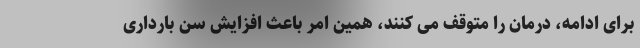
برای ادامه، درمان را متوقف می کنند، همین امر باعث افزایش سن بارداری